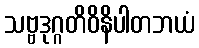
သဗ္ဗဒုဂ္ဂတိဝိနိပါတဘယံ